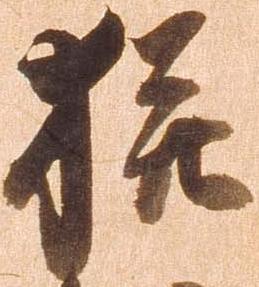
猶